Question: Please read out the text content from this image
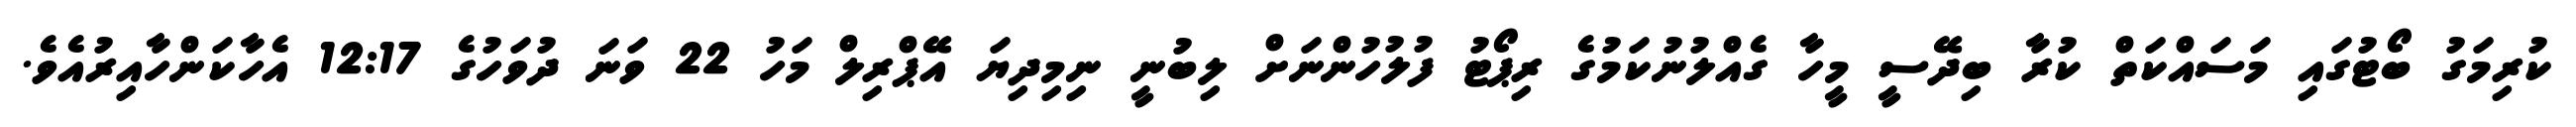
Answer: ކުރިމަގު ބޯޓުގައި މަސައްކަތް ކުރާ ބިދޭސީ މީހާ ގެއްލުނުކަމުގެ ރިޕޯޓު ފުލުހުންނަށް ލިބުނީ ނިމިދިޔަ އޭޕްރިލް މަހު 22 ވަނަ ދުވަހުގެ 12:17 އެހާކަންހާއިރުއެވެ.